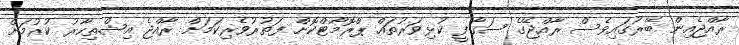
ރާއްޖެއިން ބޭރުގައިވެސް ރާއްޖޭގެ ސަގާފީ ކުޅިވަރުތައް ޕްރޮމޯޓްކޮށް ފަތުރުވެރިކަމަށް ރާއްޖެ އިޝްތިހާރު ކުރުމަށް